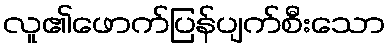
လူ၏ဖောက်ပြန်ပျက်စီးသော